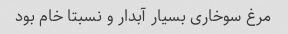
مرغ سوخاری بسیار آبدار و نسبتا خام بود